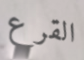
القرع